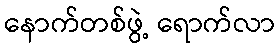
နောက်တစ်ဖွဲ့ ရောက်လာ